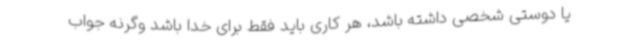
یا دوستی شخصی داشته باشد، هر کاری باید فقط برای خدا باشد وگرنه جواب